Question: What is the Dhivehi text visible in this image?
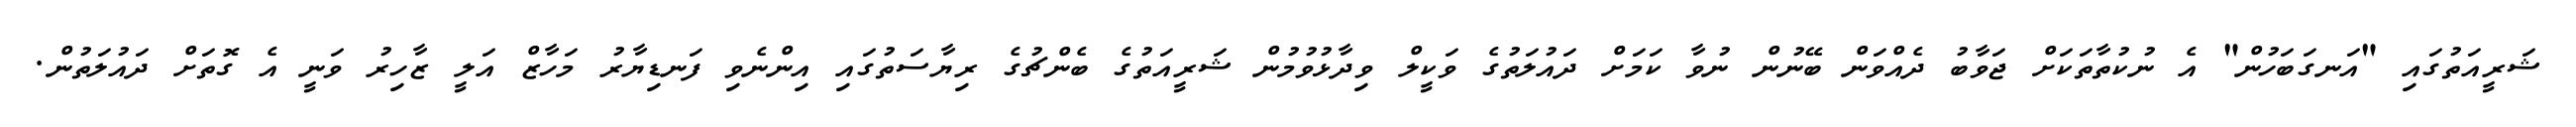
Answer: ޝަރީއަތުގައި "އަނގަބަހުން" އެ ނުކުތާތަކަށް ޖަވާބު ދެއްވަން ބޭނުން ނުވާ ކަމަށް ދައުލަތުގެ ވަކީލް ވިދާޅުވުމުން ޝަރީއަތުގެ ބެންޗުގެ ރިޔާސަތުގައި އިންނެވި ފަނޑިޔާރު މަހާޒް އަލީ ޒާހިރު ވަނީ އެ ގޮތަށް ދައުލަތުން.